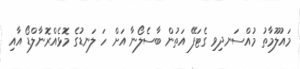
މައުލޫމާތު މުއްސަނދިވި ގެޓަފޭ އަތުން ބާސެލޯނާ އަށް ހަ ލަނޑުގެ މޮޅެއްރޮނާލްޑޯ އާއި